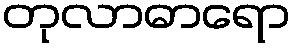
တုလာဓာရော